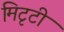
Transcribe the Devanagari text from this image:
मिटृटी